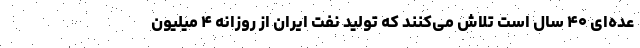
عده‌ای ۴۰ سال است تلاش می‌کنند که تولید نفت ایران از روزانه ۴ میلیون